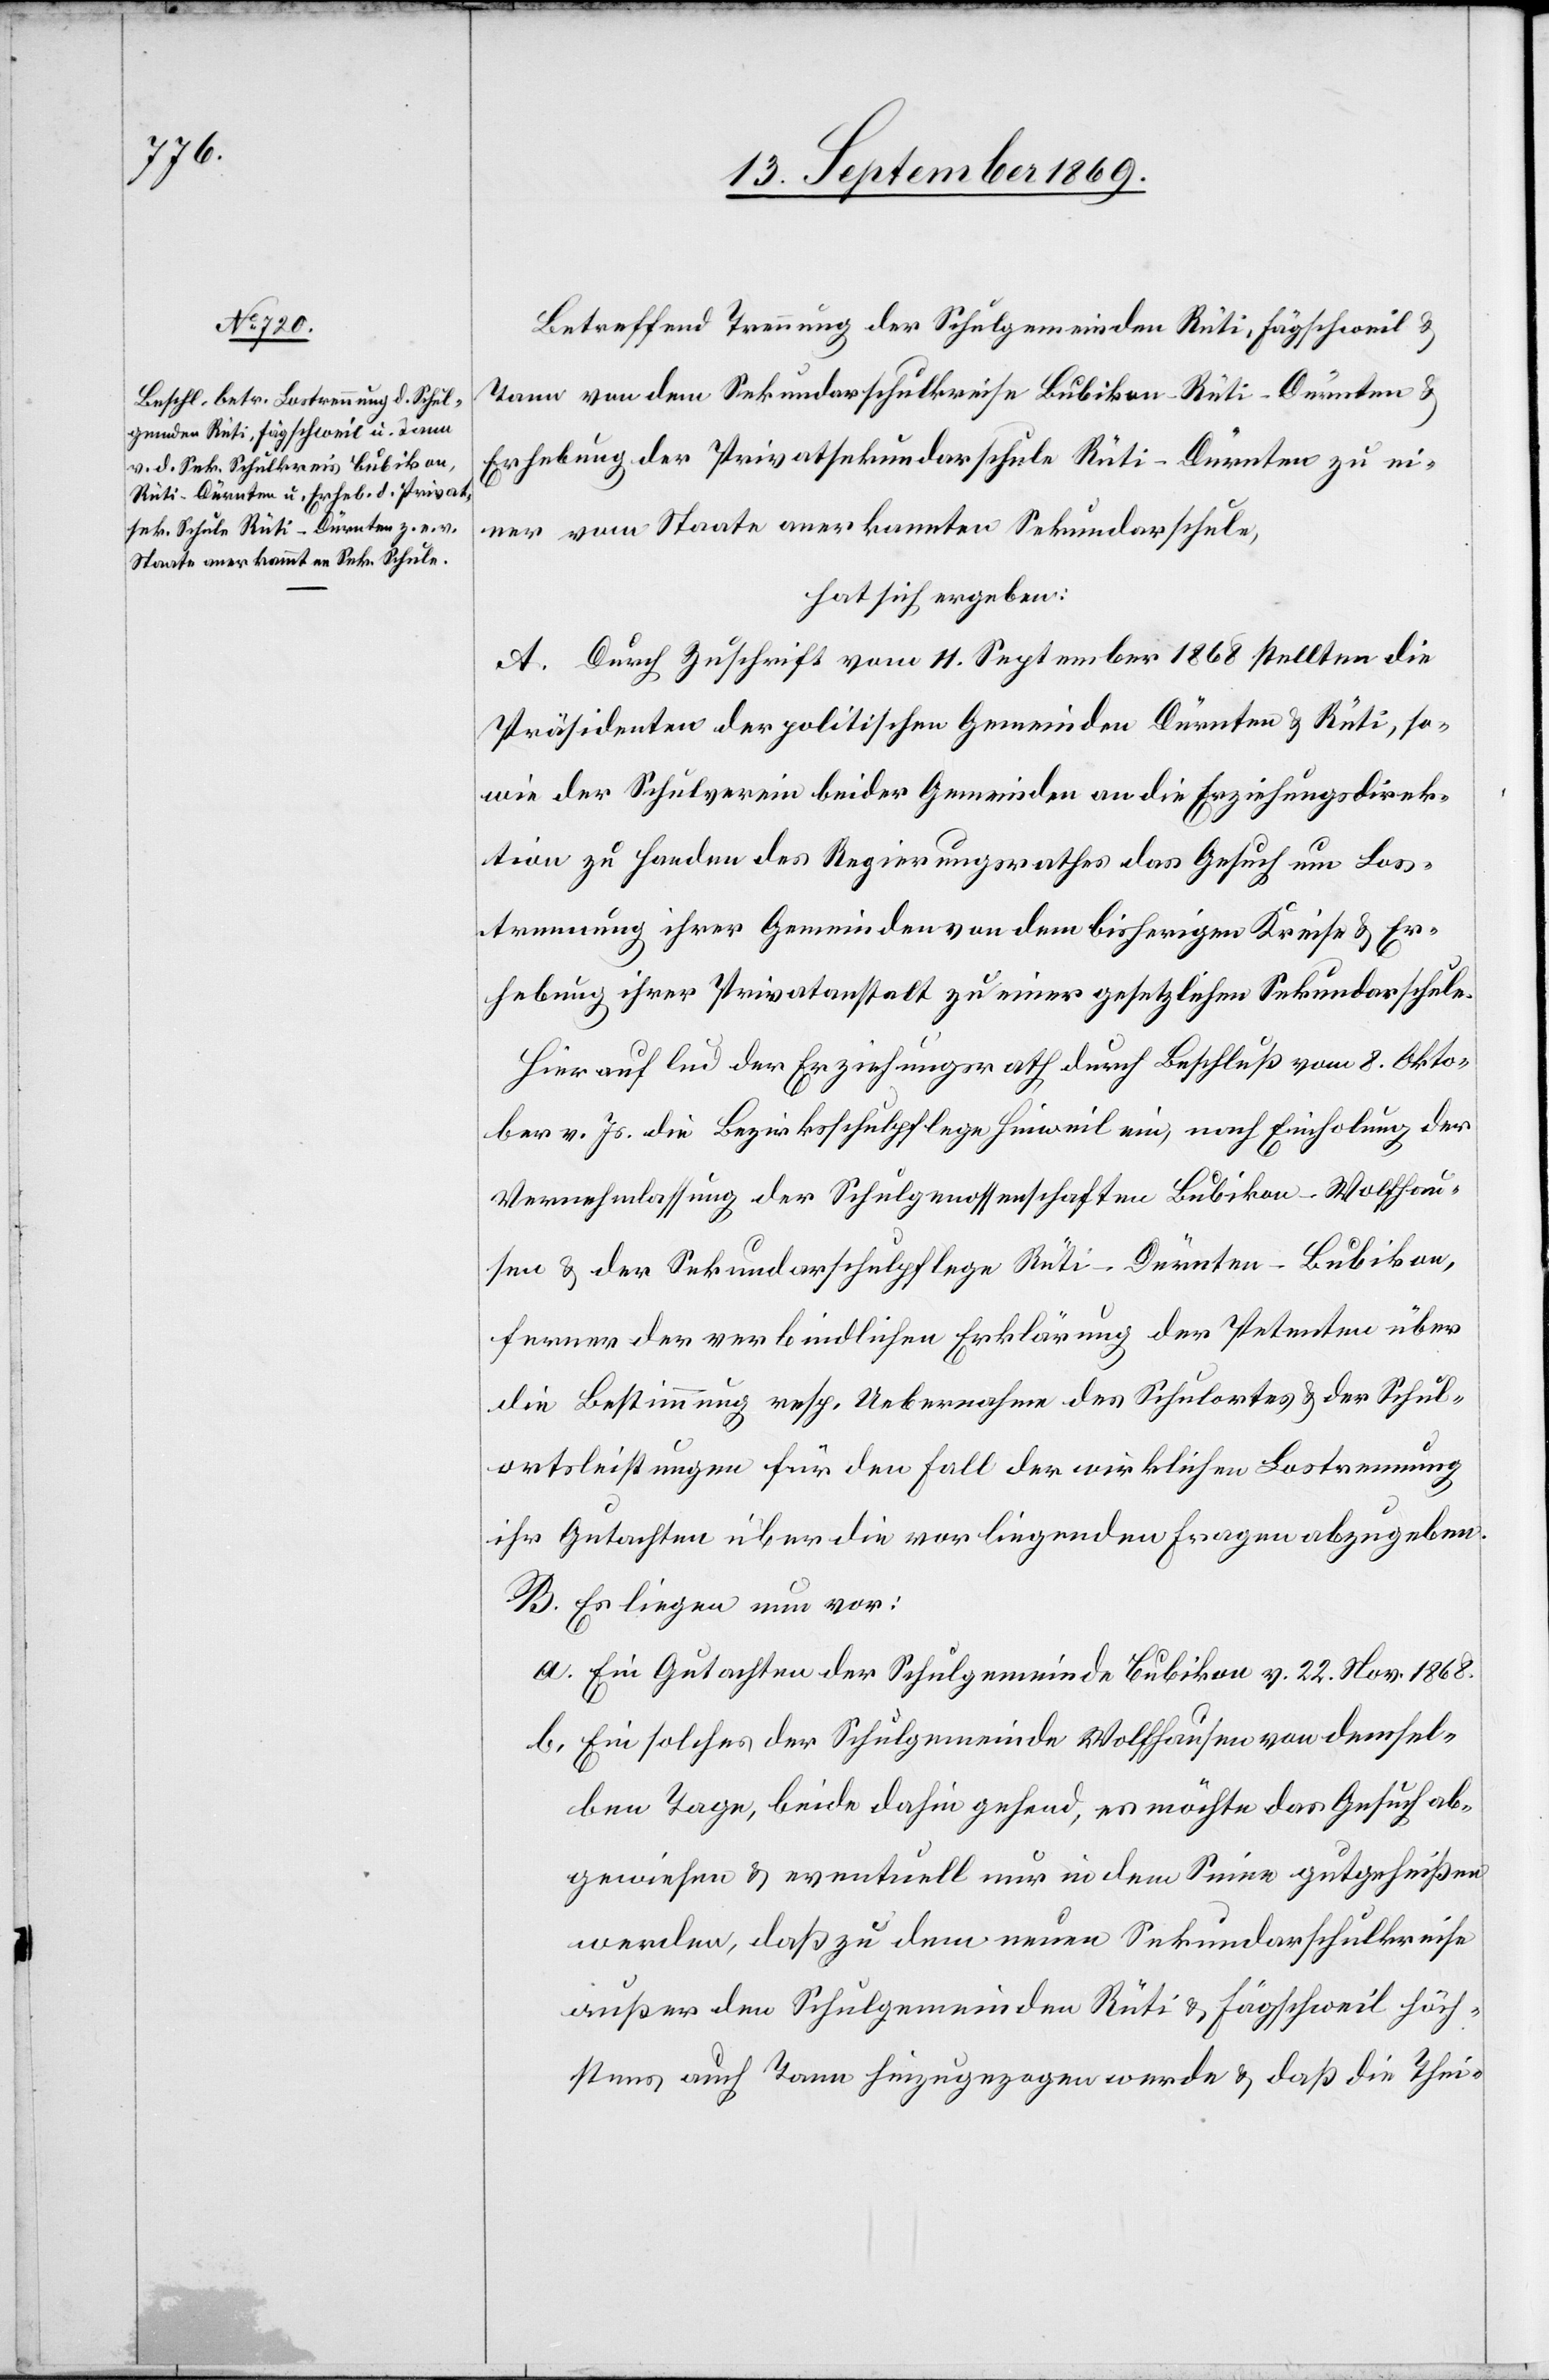
Betreffend Trennung der Schulgemeinden Rüti, Fägschweil &
Tann von dem Sekundarschulkreise Bubikon-Rüti-Dürnten &
Erhebung der Privatsekundarschule Rüti-Dürnten zu ei¬
ner vom Staate anerkannten Sekundarschule,
hat sich ergeben:
A. Durch Zuschrift vom 11. September 1868 stellten die
Präsidenten der politischen Gemeinden Dürnten & Rüti, so¬
wie der Schulverein beider Gemeinden an die Erziehungsdirek¬
tion zu Handen des Regierungsrathes das Gesuch um Los¬
trennung ihrer Gemeinden von dem bisherigen Kreise & Er¬
hebung ihrer Privatanstalt zu einer gesetzlichen Sekundarschule.
Hierauf lud der Erziehungsrath durch Beschluß vom 8. Okto¬
ber v. Js. die Bezirksschulpflege Hinweil ein, nach Einholung der
Vernehmlassung der Schulgenossenschaften Bubikon-Wolfhau¬
sen & der Sekundarschulpflege Rüti-Dürnten-Bubikon,
ferner der verbindlichen Erklärung der Petenten über
die Bestimmung resp. Uebernahme des Schulortes & der Schul¬
ortsleistungen für den Fall der wirklichen Lostrennung
ihr Gutachten über die vorliegenden Fragen abzugeben.
B. Es liegen nun vor:
a. Ein Gutachten der Schulgemeinde Bubikon v. 2. Nov. 1868.
b. Ein solches der Schulgemeinde Wolfhausen von demsel¬
ben Tage, beide dahin gehend, es möchte das Gesuch ab¬
gewiesen & eventuell nur in dem Sinne gutgeheißen
werden, daß zu dem neuen Sekundarschulkreise
außer den Schulgemeinden Rüti & Fägschweil höch¬
stens auch Tann hinzugezogen werde & daß die Thei-